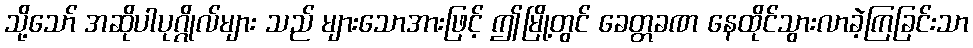
သို့သော် အဆိုပါပုဂ္ဂိုလ်များ သည် များသောအားဖြင့် ဤမြို့တွင် ခေတ္တခဏ နေထိုင်သွားလာခဲ့ကြခြင်းသာ